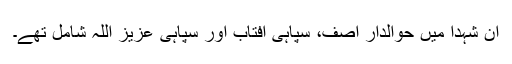
ان شہدا میں حوالدار آصف، سپاہی آفتاب اور سپاہی عزیز اللہ شامل تھے۔